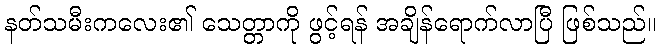
နတ်သမီးကလေး၏ သေတ္တာကို ဖွင့်ရန် အချိန်ရောက်လာပြီ ဖြစ်သည်။